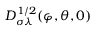
D _ { \sigma \lambda } ^ { 1 / 2 } ( \varphi , \theta , 0 )